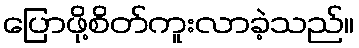
ပြောဖို့စိတ်ကူးလာခဲ့သည်။